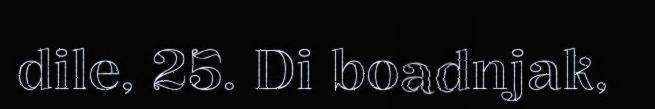
dile, 25. Di boadnjak,